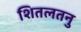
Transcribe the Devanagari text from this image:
शितलतनु